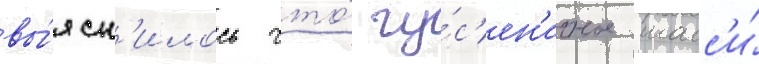
вы́ясн'илось что́ гу́с'ен'ичное шасс'и́